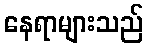
နေရာများသည်